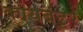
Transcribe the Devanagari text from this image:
कोयबंटृर